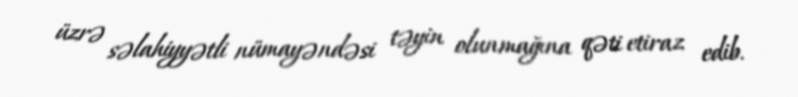
üzrə səlahiyyətli nümayəndəsi təyin olunmağına qəti etiraz edib.